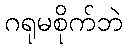
ဂရုမစိုက်ဘဲ